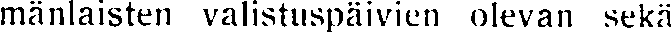
mänlaisten valistuspäivien olevan sekä